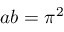
a b = \pi ^ { 2 }